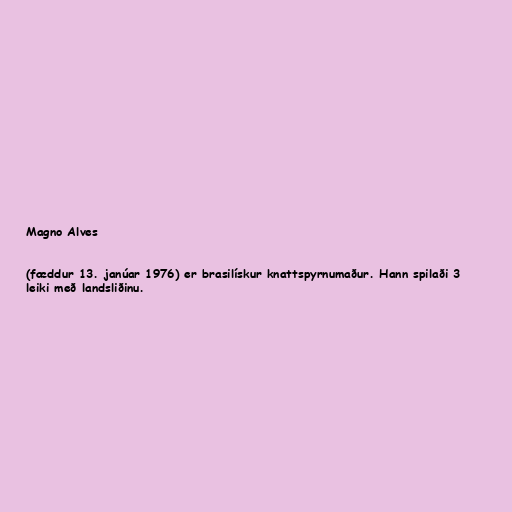
Magno Alves

(fæddur 13. janúar 1976) er brasilískur knattspyrnumaður. Hann spilaði 3
leiki með landsliðinu.